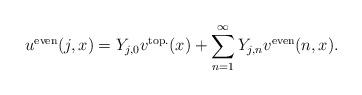
LaTeX: \begin{align*}u^{\rm even}(j,x) = Y_{j,0} v^{\rm top.}(x) + \sum_{n=1}^{\infty} Y_{j,n} v^{\rm even}(n,x).\end{align*}